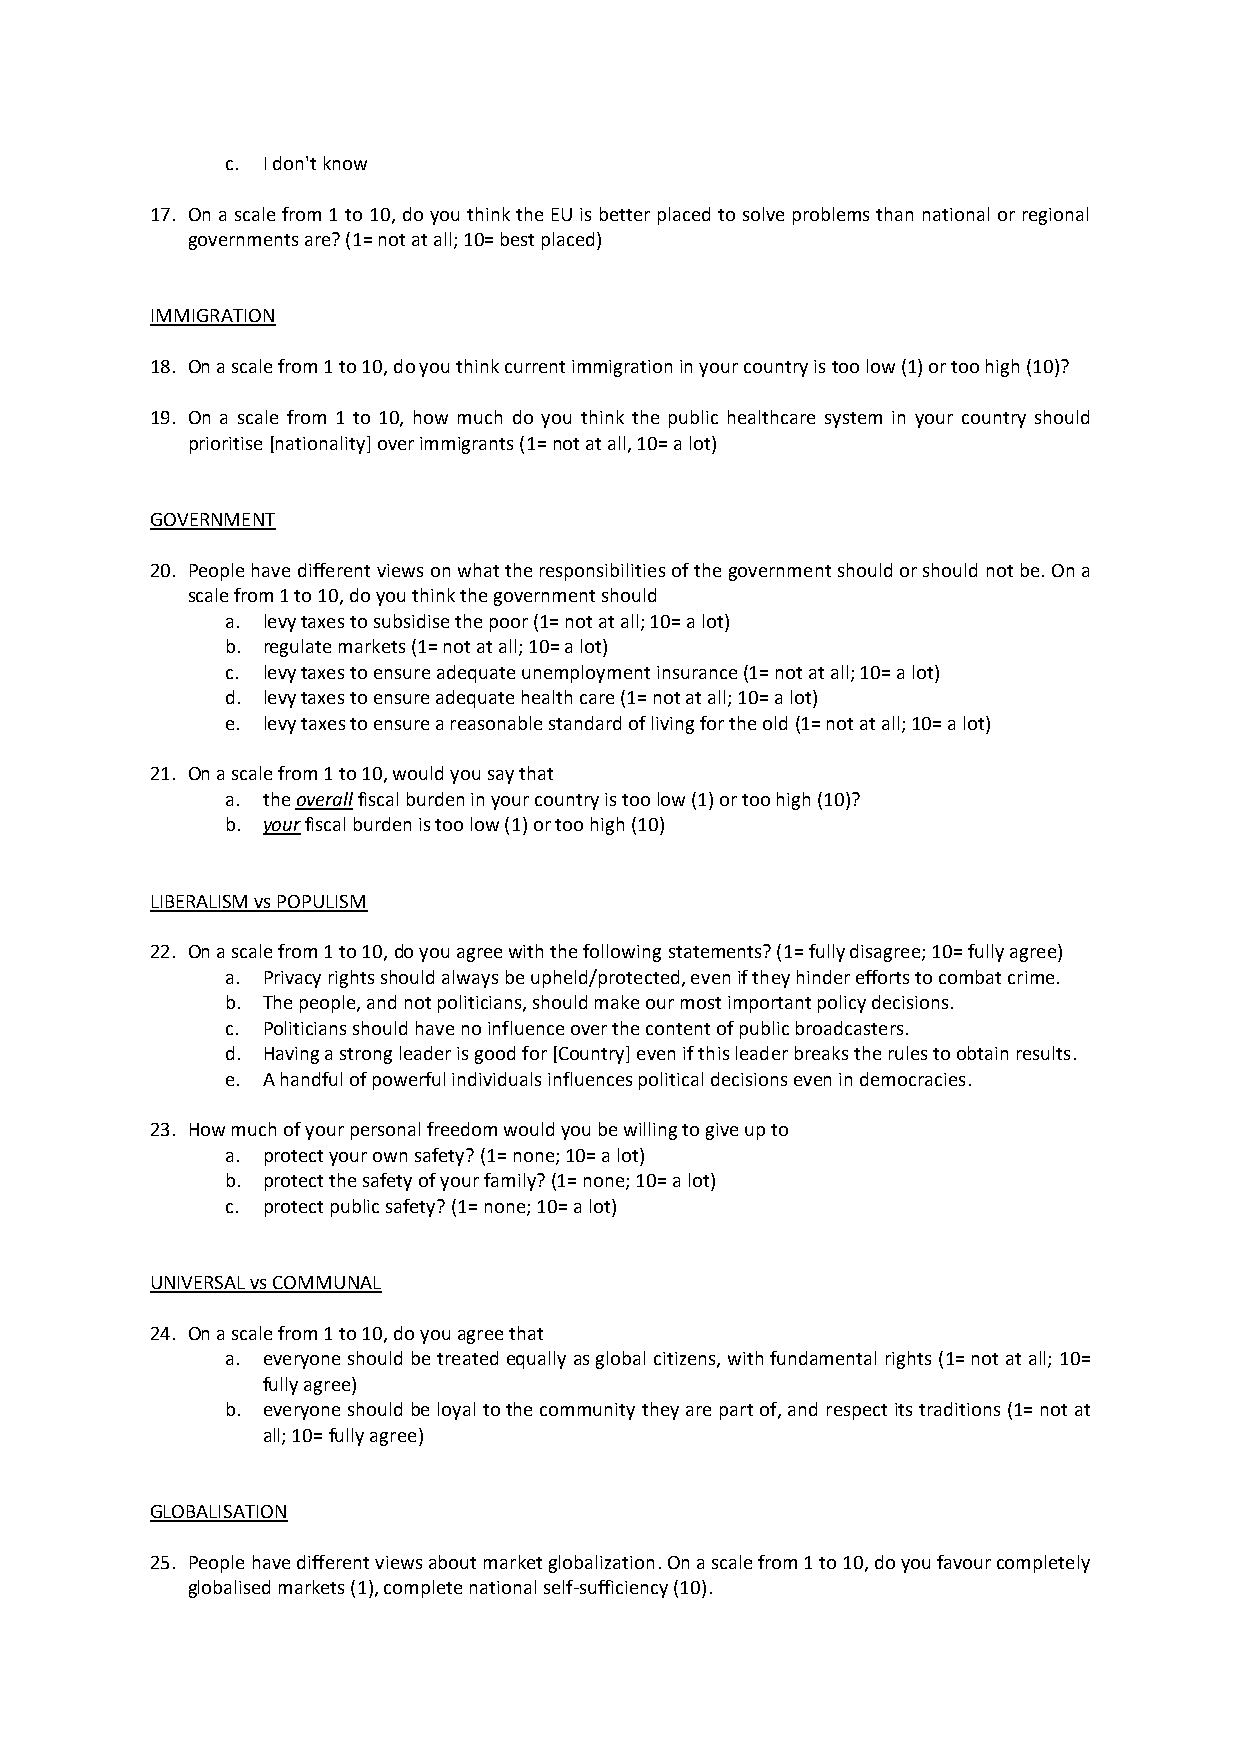
c. I don't know
 17. On a scale from 1 to 10, do you think the EU is better placed to solve problems than national or regional
 governments are? (1= not at all; 10= best placed)
 IMMIGRATION
 18. On a scale from 1 to 10, do you think current immigration in your country is too low (1) or too high (10)?
 19. On a scale from 1 to 10, how much do you think the public healthcare system in your country should
 prioritise [nationality] over immigrants (1= not at all, 10= a lot)
 GOVERNMENT
 20. People have different views on what the responsibilities of the government should or should not be. On a
 scale from 1 to 10, do you think the government should
 a. levy taxes to subsidise the poor (1= not at all; 10= a lot)
 b. regulate markets (1= not at all; 10= a lot)
 c. levy taxes to ensure adequate unemployment insurance (1= not at all; 10= a lot)
 d. levy taxes to ensure adequate health care (1= not at all; 10= a lot)
 e. levy taxes to ensure a reasonable standard of living for the old (1= not at all; 10= a lot)
 21. On a scale from 1 to 10, would you say that
 a. the overall fiscal burden in your country is too low (1) or too high (10)?
 b. your fiscal burden is too low (1) or too high (10)
 LIBERALISM vs POPULISM
 22. On a scale from 1 to 10, do you agree with the following statements? (1= fully disagree; 10= fully agree)
 a. Privacy rights should always be upheld/protected, even if they hinder efforts to combat crime.
 b. The people, and not politicians, should make our most important policy decisions.
 c. Politicians should have no influence over the content of public broadcasters.
 d. Having a strong leader is good for [Country] even if this leader breaks the rules to obtain results.
 e. A handful of powerful individuals influences political decisions even in democracies.
 23. How much of your personal freedom would you be willing to give up to
 a. protect your own safety? (1= none; 10= a lot)
 b. protect the safety of your family? (1= none; 10= a lot)
 c. protect public safety? (1= none; 10= a lot)
 UNIVERSAL vs COMMUNAL
 24. On a scale from 1 to 10, do you agree that
 a. everyone should be treated equally as global citizens, with fundamental rights (1= not at all; 10=
 fully agree)
 b. everyone should be loyal to the community they are part of, and respect its traditions (1= not at
 all; 10= fully agree)
 GLOBALISATION
 25. People have different views about market globalization. On a scale from 1 to 10, do you favour completely
 globalised markets (1), complete national self-sufficiency (10).